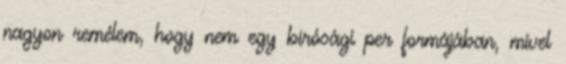
nagyon remélem, hogy nem egy bírósági per formájában, mivel